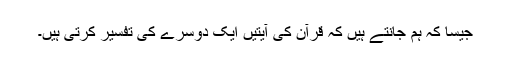
جیسا کہ ہم جانتے ہیں کہ قرآن کی آیتیں ایک دوسرے کی تفسیر کرتی ہیں۔